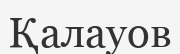
Қалауов